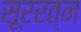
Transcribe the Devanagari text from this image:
सूररत्‍न